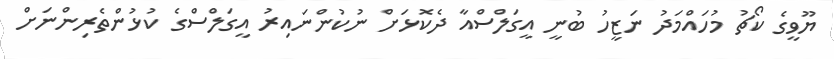
ޔޫވީގެ ކޯޗު މުހައްމަދު ނަޒީހު ބުނީ އީގަލްސްއާ ދެކޮޅަށް ނުކުންނައިރު އީގަލްސްގެ ކުޅުންތެރިންނަށް